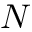
N